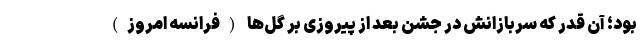
بود؛ آن قدر که سربازانش در جشن بعد از پیروزی بر گُل‌ها (فرانسه امروز)